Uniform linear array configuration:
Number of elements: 16
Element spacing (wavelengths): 1
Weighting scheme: hamming
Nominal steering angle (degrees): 45
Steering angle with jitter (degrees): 44.497
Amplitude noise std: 0.05
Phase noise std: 0.05

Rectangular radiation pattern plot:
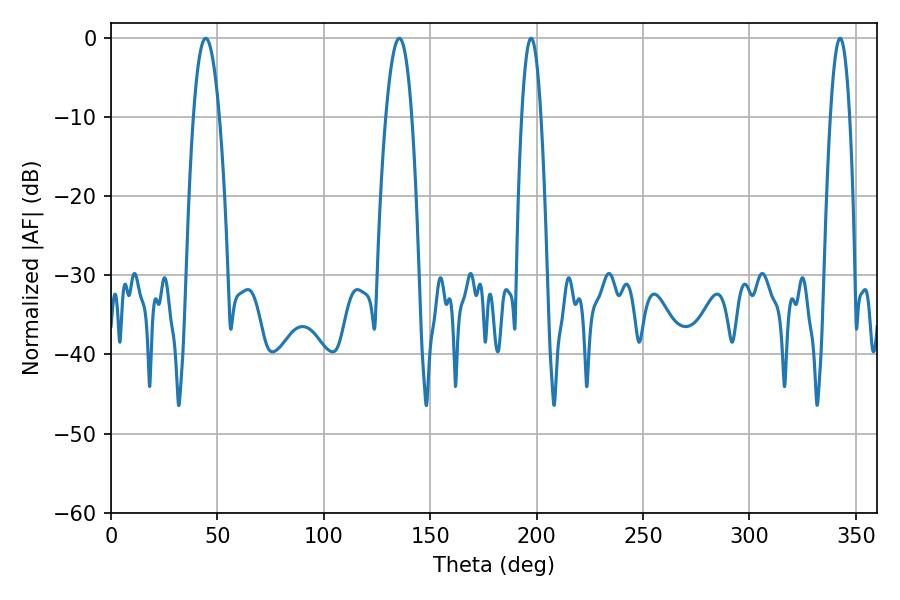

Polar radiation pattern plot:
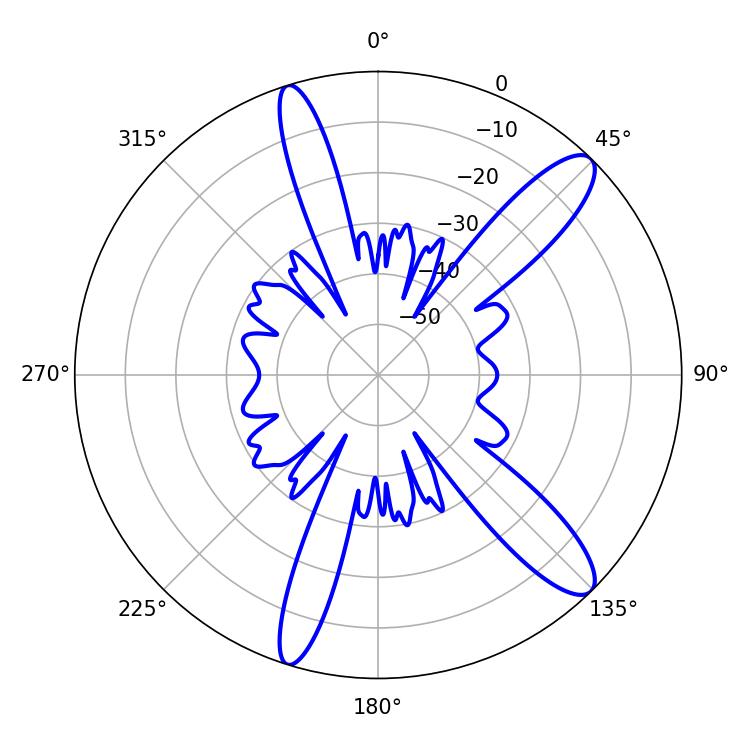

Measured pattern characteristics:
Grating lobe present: TRUE
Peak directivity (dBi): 12.192
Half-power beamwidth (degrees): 6.66
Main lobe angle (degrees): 44.46